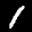
Label: 1